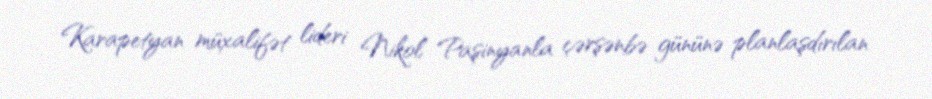
Karapetyan müxalifət lideri Nikol Paşinyanla çərşənbə gününə planlaşdırılan